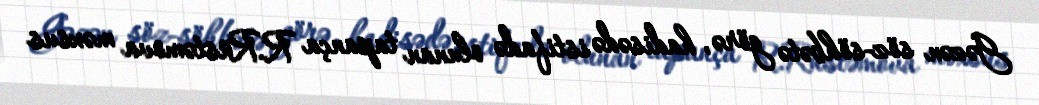
Gəzən söz-söhbətə görə, hadisədə istifadə olunan tapança R.Rüstəmova məxsus